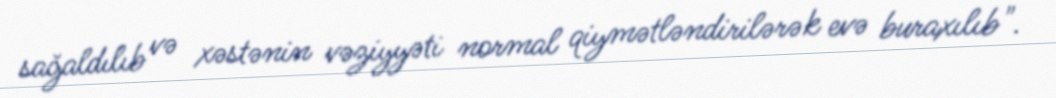
sağaldılıb və xəstənin vəziyyəti normal qiymətləndirilərək evə buraxılıb".